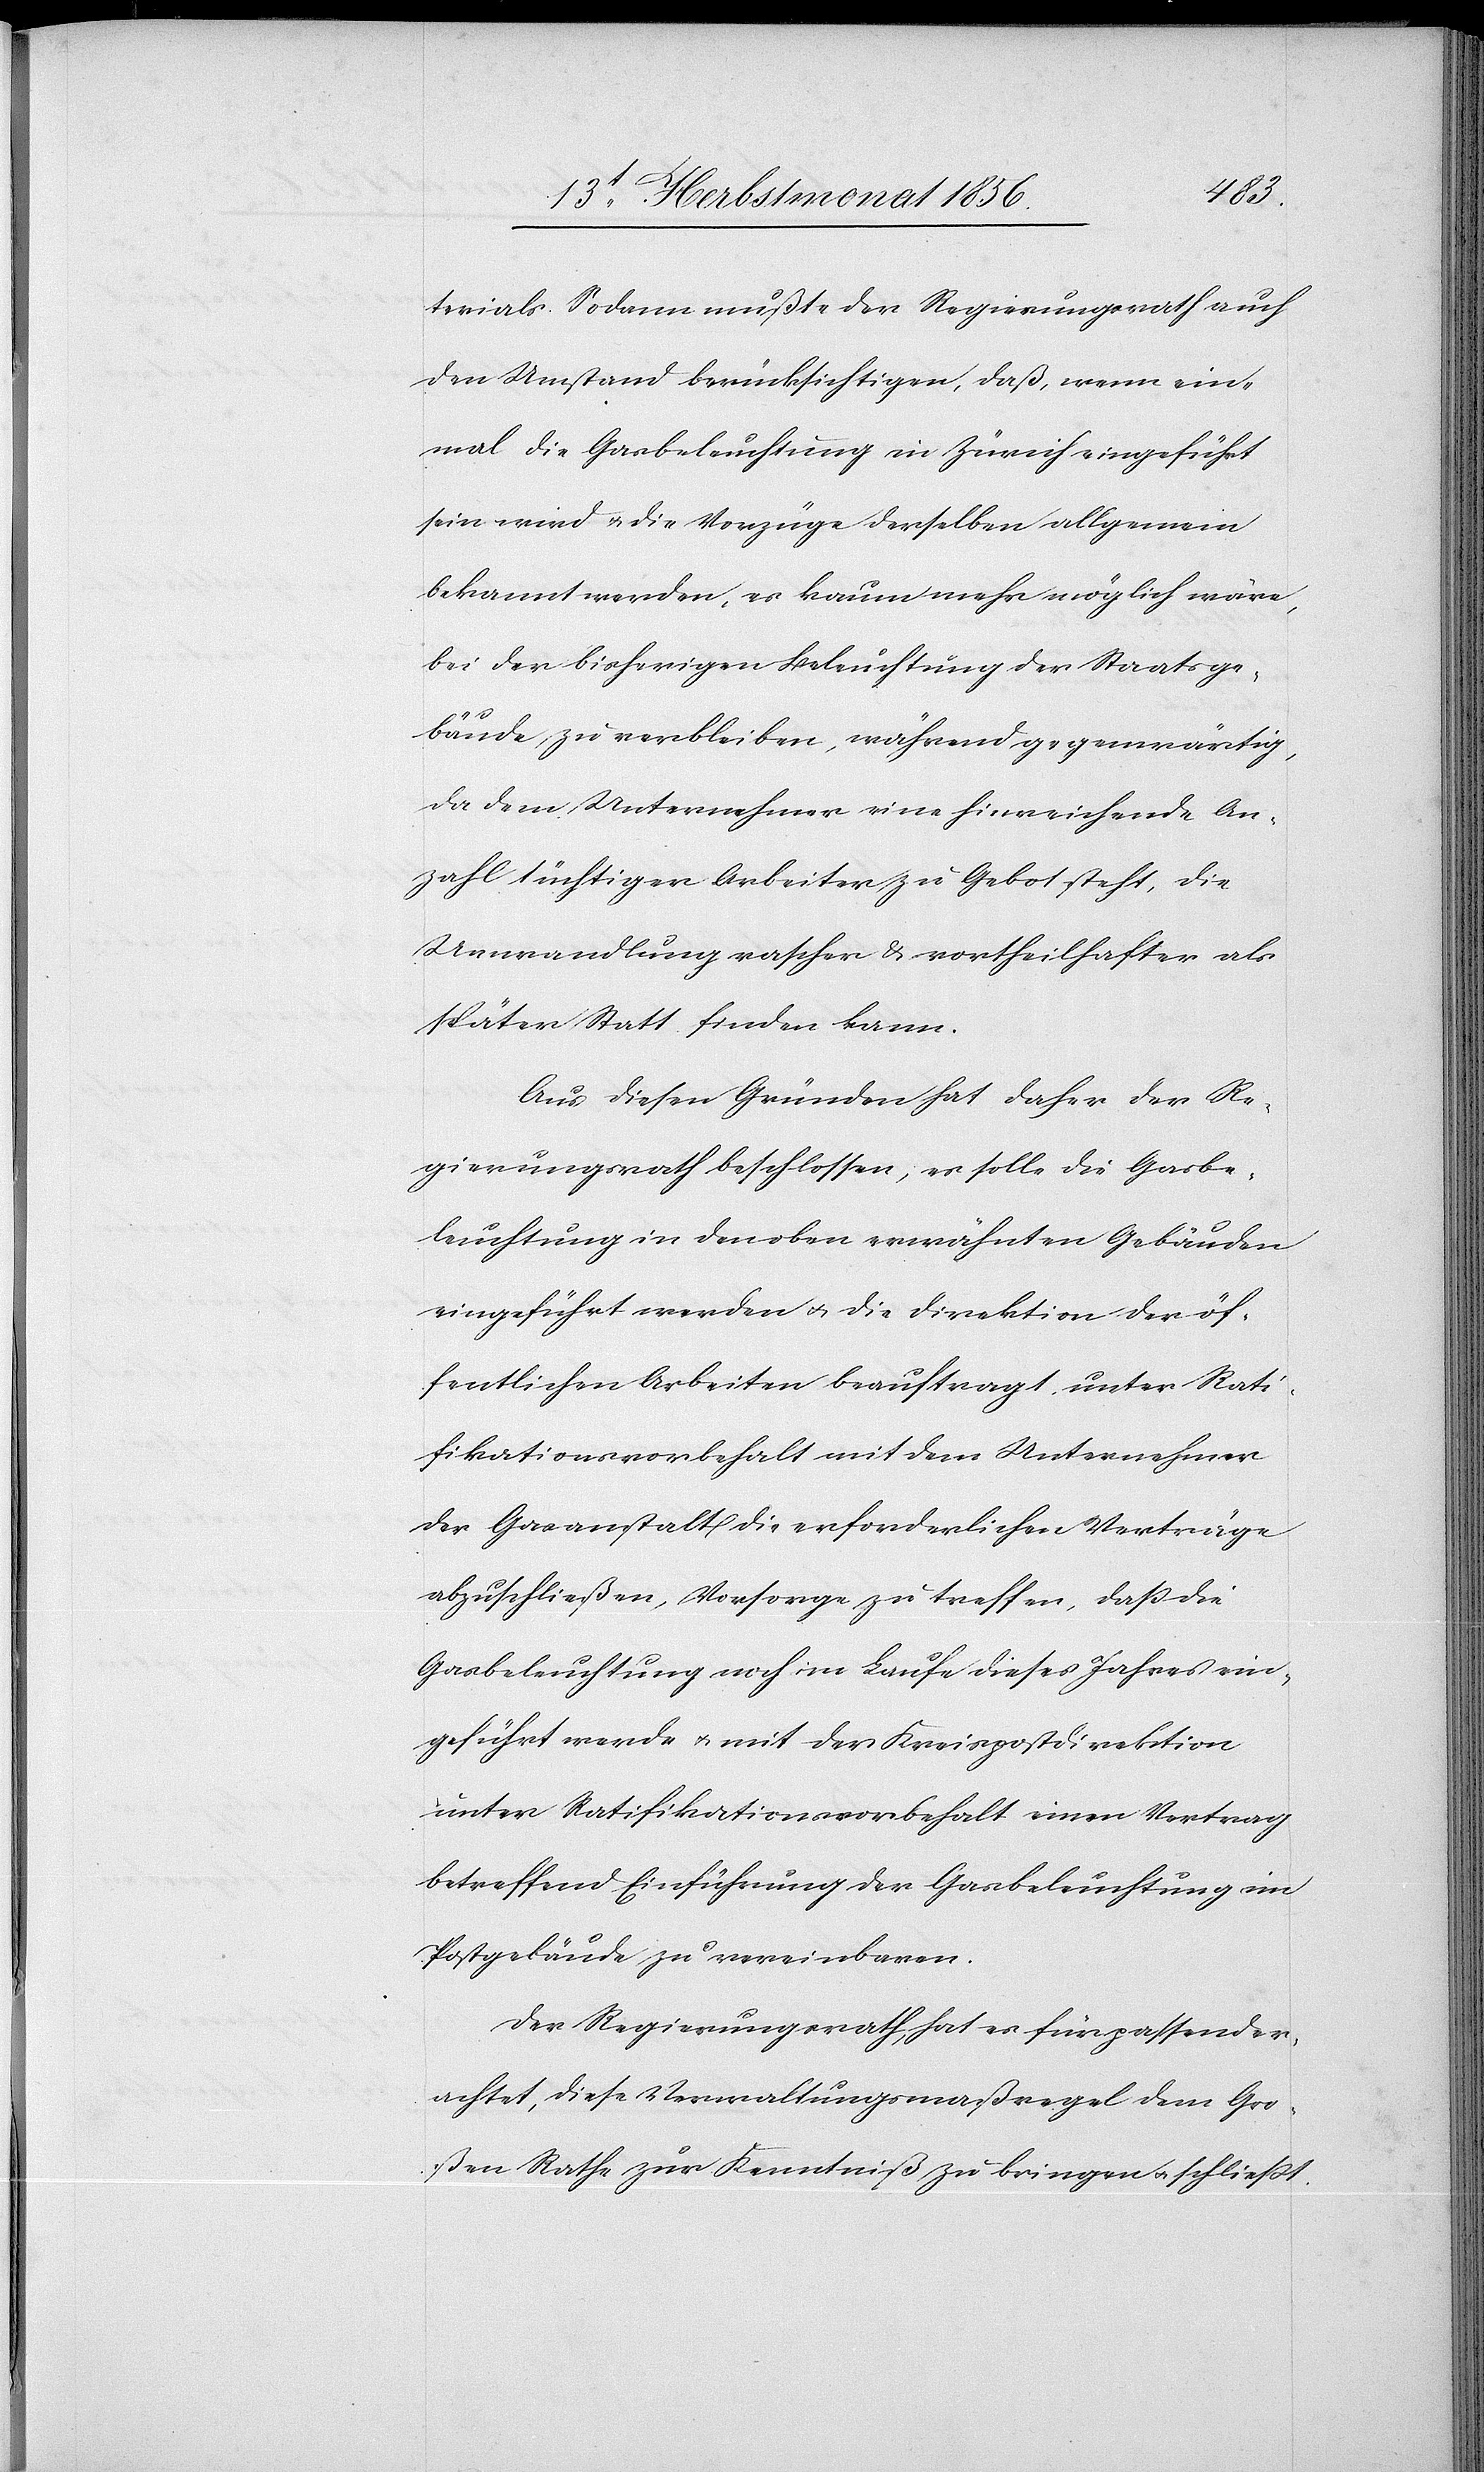
terials. Sodann mußte der Regierungsrath auch
den Umstand berücksichtigen, daß, wenn ein¬
mal die Gasbeleuchtung in Zürich eingeführt
sein wird u. die Vorzüge derselben allgemein
bekannt werden, es kaum mehr möglich wäre,
bei der bisherigen Beleuchtung der Staatsge¬
bäude zu verbleiben, während gegenwärtig,
da dem Unternehmer eine hinreichende An¬
zahl tüchtiger Arbeiter zu Gebot steht, die
Umwandlung rascher & vortheilhafter als
später Statt finden kann.
Aus diesen Gründen hat daher der Re¬
gierungsrath beschlossen, es solle die Gasbe¬
leuchtung in den oben erwähnten Gebäuden
eingeführt werden u. die Direktion der öf¬
fentlichen Arbeiten beauftragt, unter Rati¬
fikationsvorbehalt mit dem Unternehmer
der Gasanstalt die erforderlichen Verträge
abzuschließen, Vorsorge zu treffen, dass die
Gasbeleuchtung noch im Laufe dieses Jahres ein¬
geführt werde u. mit der Kreispostdirektion
unter Ratifikationsvorbehalt einen Vertrag
betreffend Einführung der Gasbeleuchtung im
Postgebäude zu vereinbaren.
Der Regierungsrath, hat es für passend er¬
achtet, diese Verwaltungsmaßregel dem Gro¬
ßen Rathe zur Kenntniß zu bringen u. schliesst